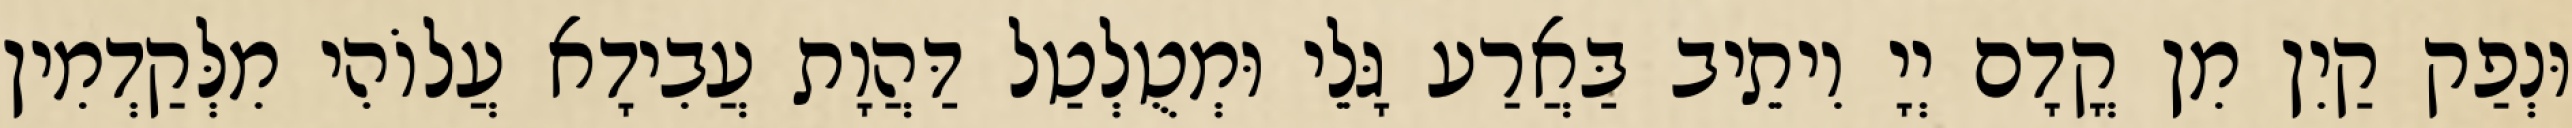
וּנְפַק קַיִן מִן קֳדָם יְיָ וִיתֵיב בַּאֲרַע גָּלֵי וּמְטֻלְטַל דַּהֲוָת עֲבִידָא עֲלוֹהִי מִלְּקַדְמִין